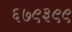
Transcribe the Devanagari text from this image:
६७९३९९